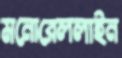
মনোরেললাইন